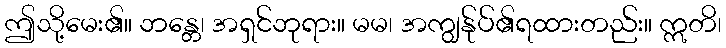
ဤသို့မေး၏။ ဘန္တေ၊ အရှင်ဘုရား။ မမ၊ အကျွန်ုပ်၏ရထားတည်း။ ဣတိ၊